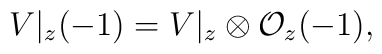
V|_{z} (-1) = V|_{z} \otimes {\cal O}_{z}(-1),